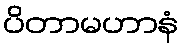
ပိတာမဟာနံ